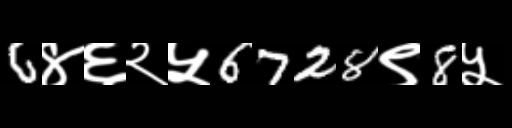
Text: 6४६२५6728९8५